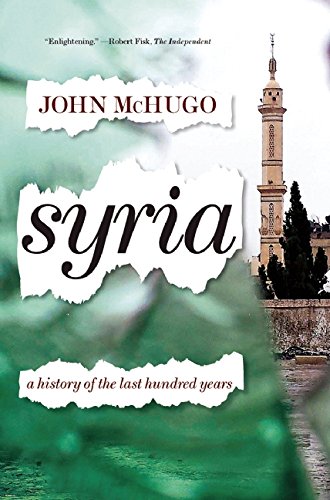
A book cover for Syria: A History of the Last Hundred Years; John McHugo; History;